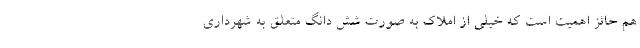
هم حائز اهمیت است که خیلی از املاک به صورت شش دانگ متعلق به شهرداری